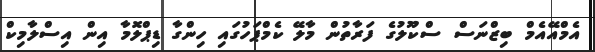
އެމްއޭއެމް ބިޒްނަސް ސްކޫލުގެ ފަރާތުން މާލޭ ކެމްޕަހުގައި ހިންގާ ޑިޕްލޮމާ އިން އިސްލާމިކް